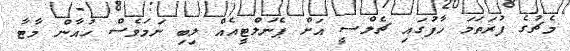
މެޗުގެ ފުރަތަމަ ހާފުގައި ޗެލްސީ އަށް ޕެނަލްޓީއެއް ލިބި ނަމަވެސް ހުއާން މާޓާ